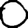
Digit: 0